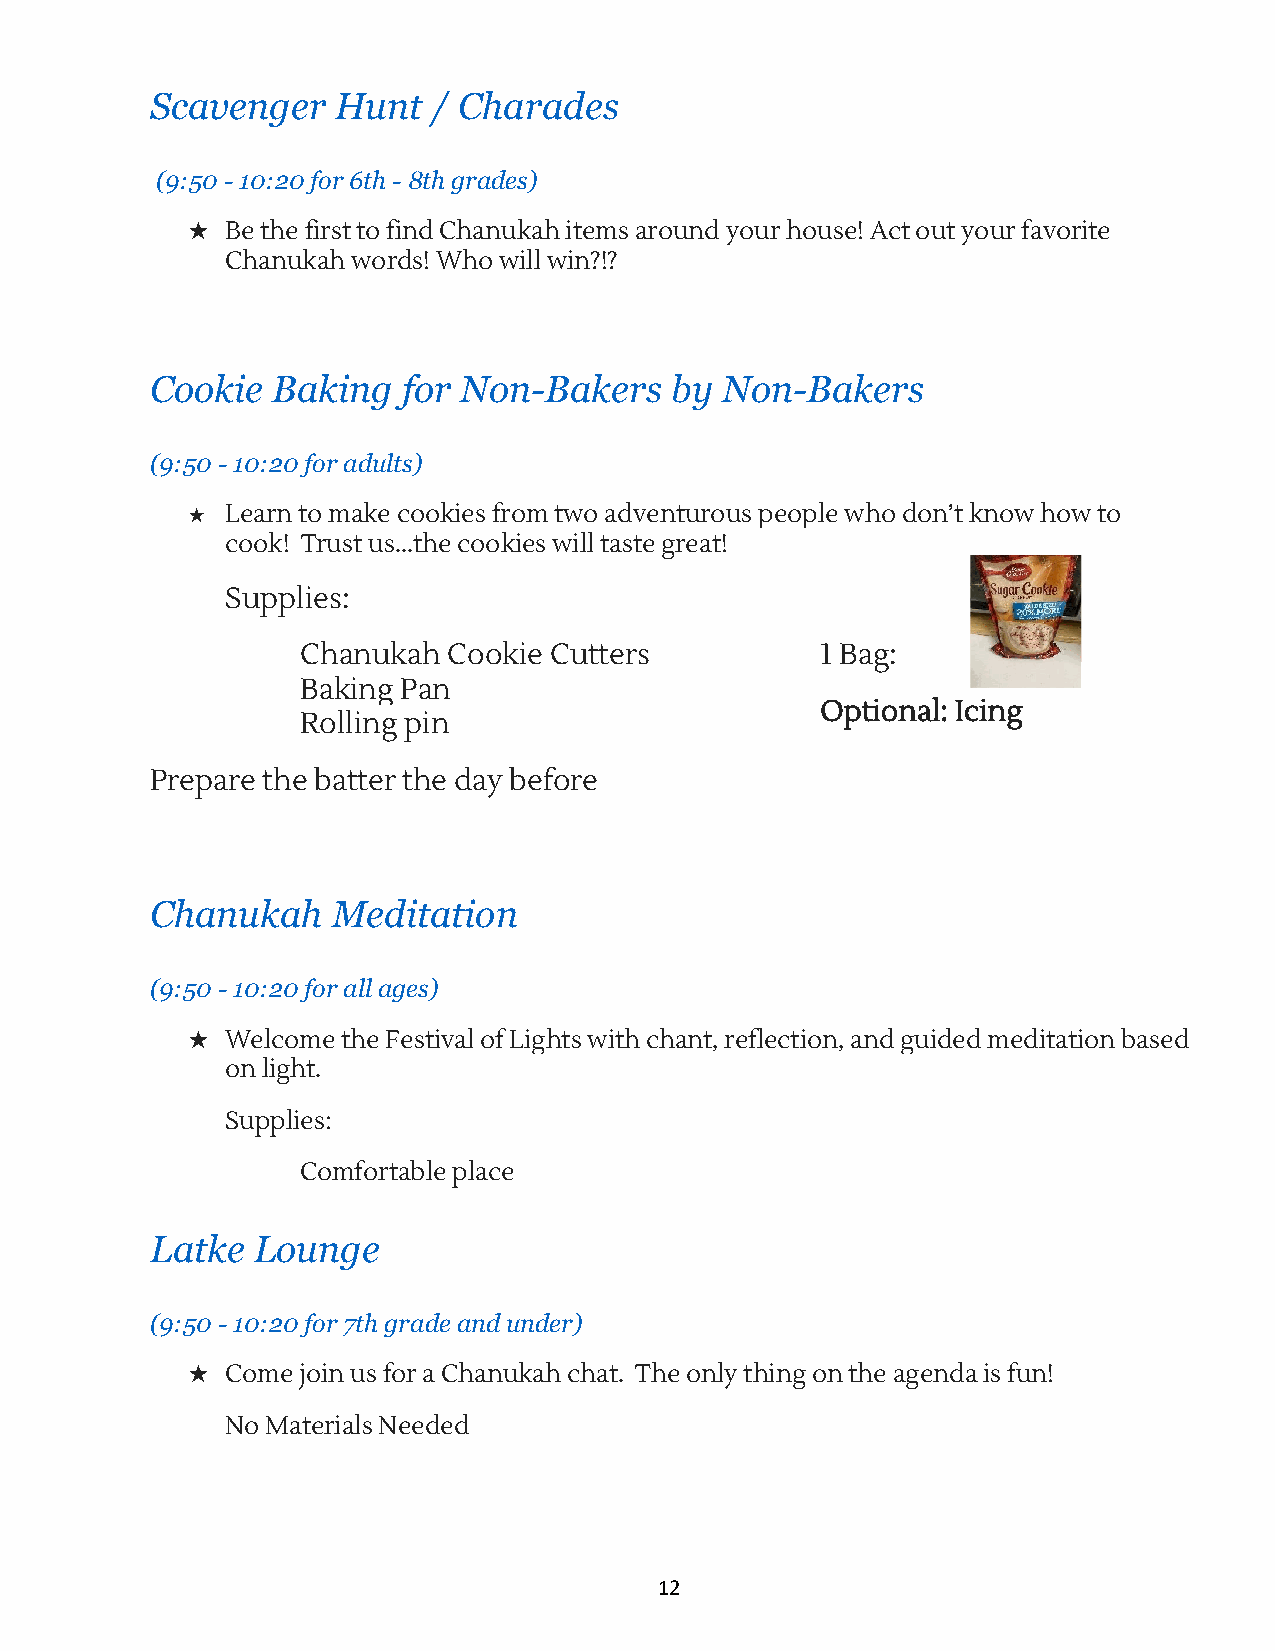
Scavenger   H unt  / C harades
 ( 9:50 - 1 0:20 f or 6 th - 8 th g rades)
 ★  Be the first to find Chanukah items around your house! Act out your favorite
 Chanukah words! Who will win?!?
 Cookie  B aking  f or N on-Bakers b y N on-Bakers
 (9:50 - 1 0:20 f or a dults)
 ★  Learn to make cookies from two adventurous people who don’t know how to
 cook! Trust us...the cookies will taste great!
 Supplies:
 Chanukah  Cookie Cutters          1 Bag:
 Baking Pan
 Optional: Icing
 Rolling pin
 Prepare the batter the day before
 Chanukah    M editation
 (9:50 - 1 0:20 f or a ll a ges)
 ★  Welcome the Festival of Lights with chant, reflection, and guided meditation based
 on light.
 Supplies:
 Comfortable place
 Latke  L ounge
 (9:50 - 1 0:20 f or 7 th g rade a nd u nder)
 ★  Come join us for a Chanukah chat. The only thing on the agenda is fun!
 No Materials Needed
 12